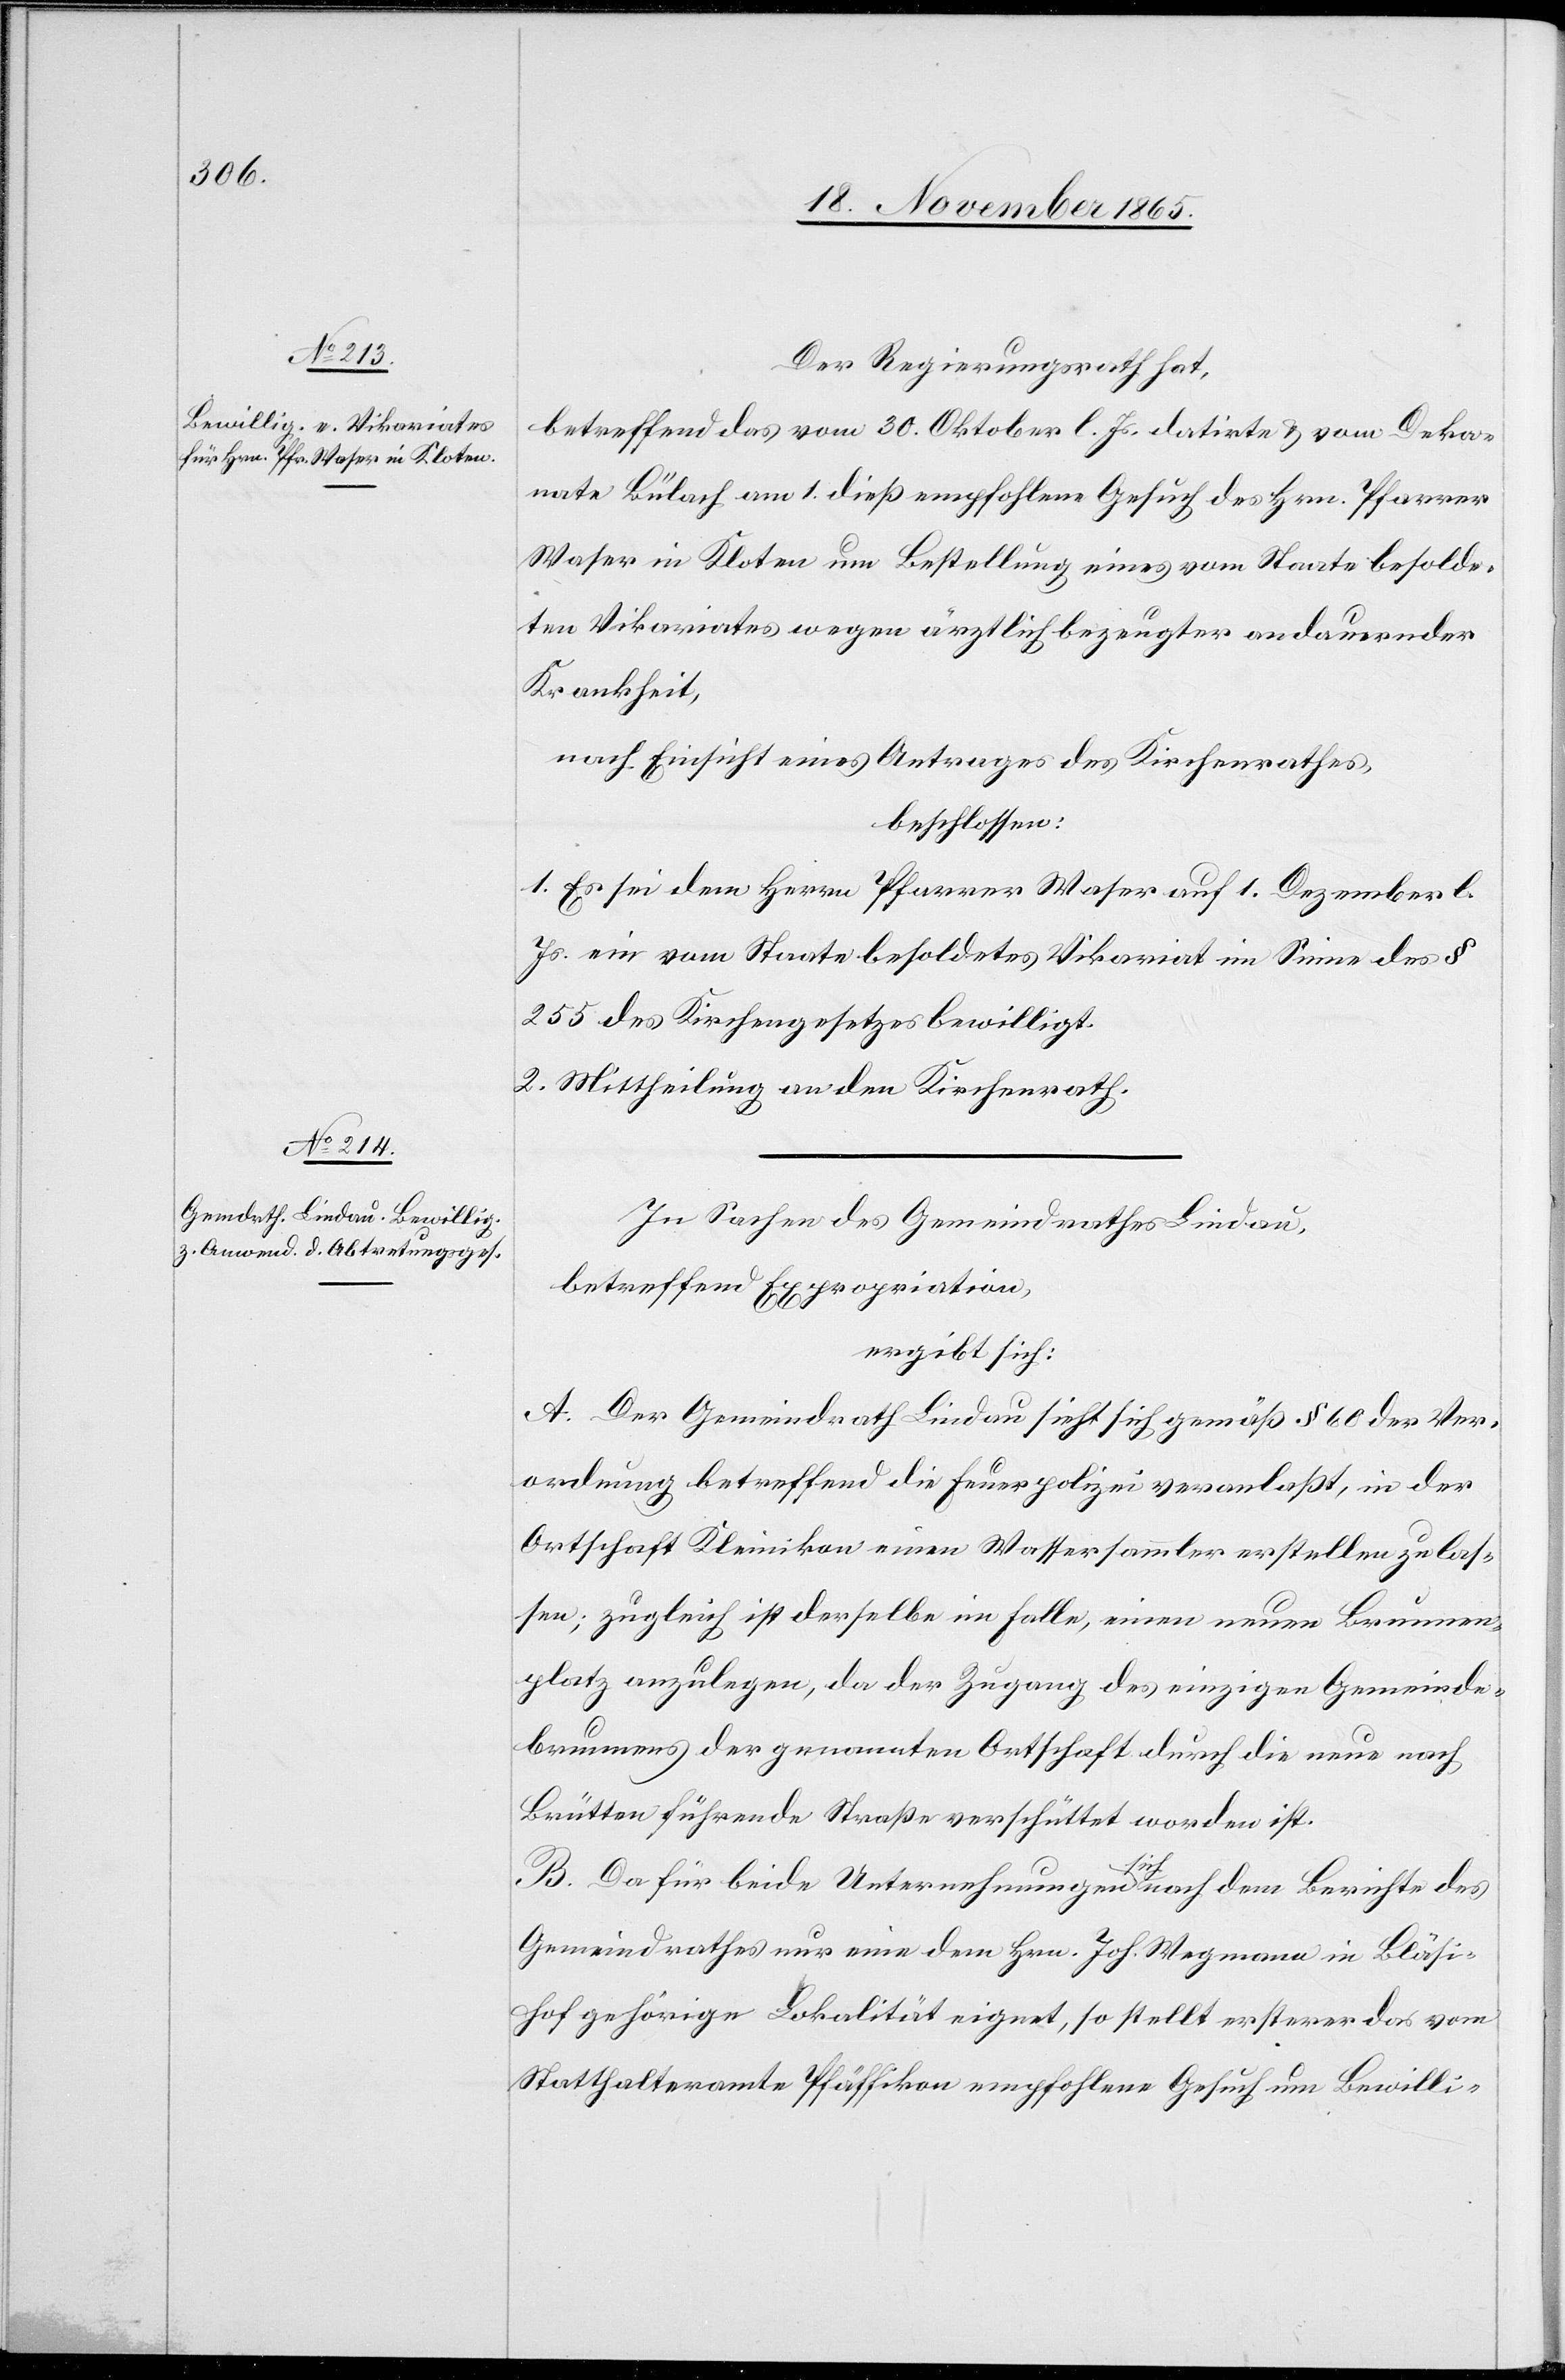
Der Regierungsrath hat,
betreffend das vom 30. Oktober l. Js. datirte & vom Deka¬
nate Bülach am 1. dieß empfohlene Gesuch des Hrn. Pfarrer
Waser in Kloten um Bestellung eines vom Staate besolde¬
ten Vikariates wegen ärztlich bezeugter andauernder
Krankheit,
nach Einsicht eines Antrages des Kirchenrathes,
beschlossen:
1. Es sei dem Herrn Pfarrer Waser auf 1. Dezember l.
Js. ein vom Staate besoldetes Vikariat im Sinne des §
255 des Kirchengesetzes bewilligt.
2. Mittheilung an den Kirchenrath.
In Sachen des Gemeindrathes Lindau,
betreffend Expropriation,
ergibt sich:
A. Der Gemeindrath Lindau sieht sich gemäß § 60 der Ver¬
ordnung betreffend die Feuerpolizei veranlaßt, in der
Ortschaft Kleinikon einen Wassersammler erstellen zu las¬
sen; zugleich ist derselbe im Falle, einen neuen Brunnen¬
platz anzulegen, da der Zugang des einzigen Gemeinde¬
brunnens der genannten Ortschaft durch die neue nach
Brütten führende Straße verschüttet worden ist.
B. Da für beide Unternehmungen sich nach dem Berichte des
Gemeindrathes nur eine dem Hrn. Joh. Wegmann in Bläsi¬
hof gehörige Lokalität eignet, so stellt ersterer das vom
Statthalteramte Pfäffikon empfohlene Gesuch um Bewilli-